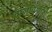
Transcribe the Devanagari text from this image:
वाजविणारी